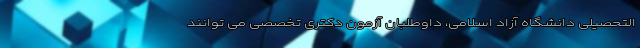
التحصیلی دانشگاه آزاد اسلامی، داوطلبان آزمون دکتری تخصصی می توانند